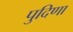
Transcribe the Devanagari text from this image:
पुदिणा